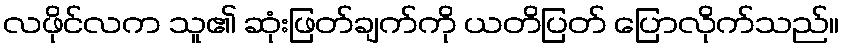
လဖိုင်လက သူ၏ ဆုံးဖြတ်ချက်ကို ယတိပြတ် ပြောလိုက်သည်။